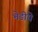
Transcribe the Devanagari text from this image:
भेडीये